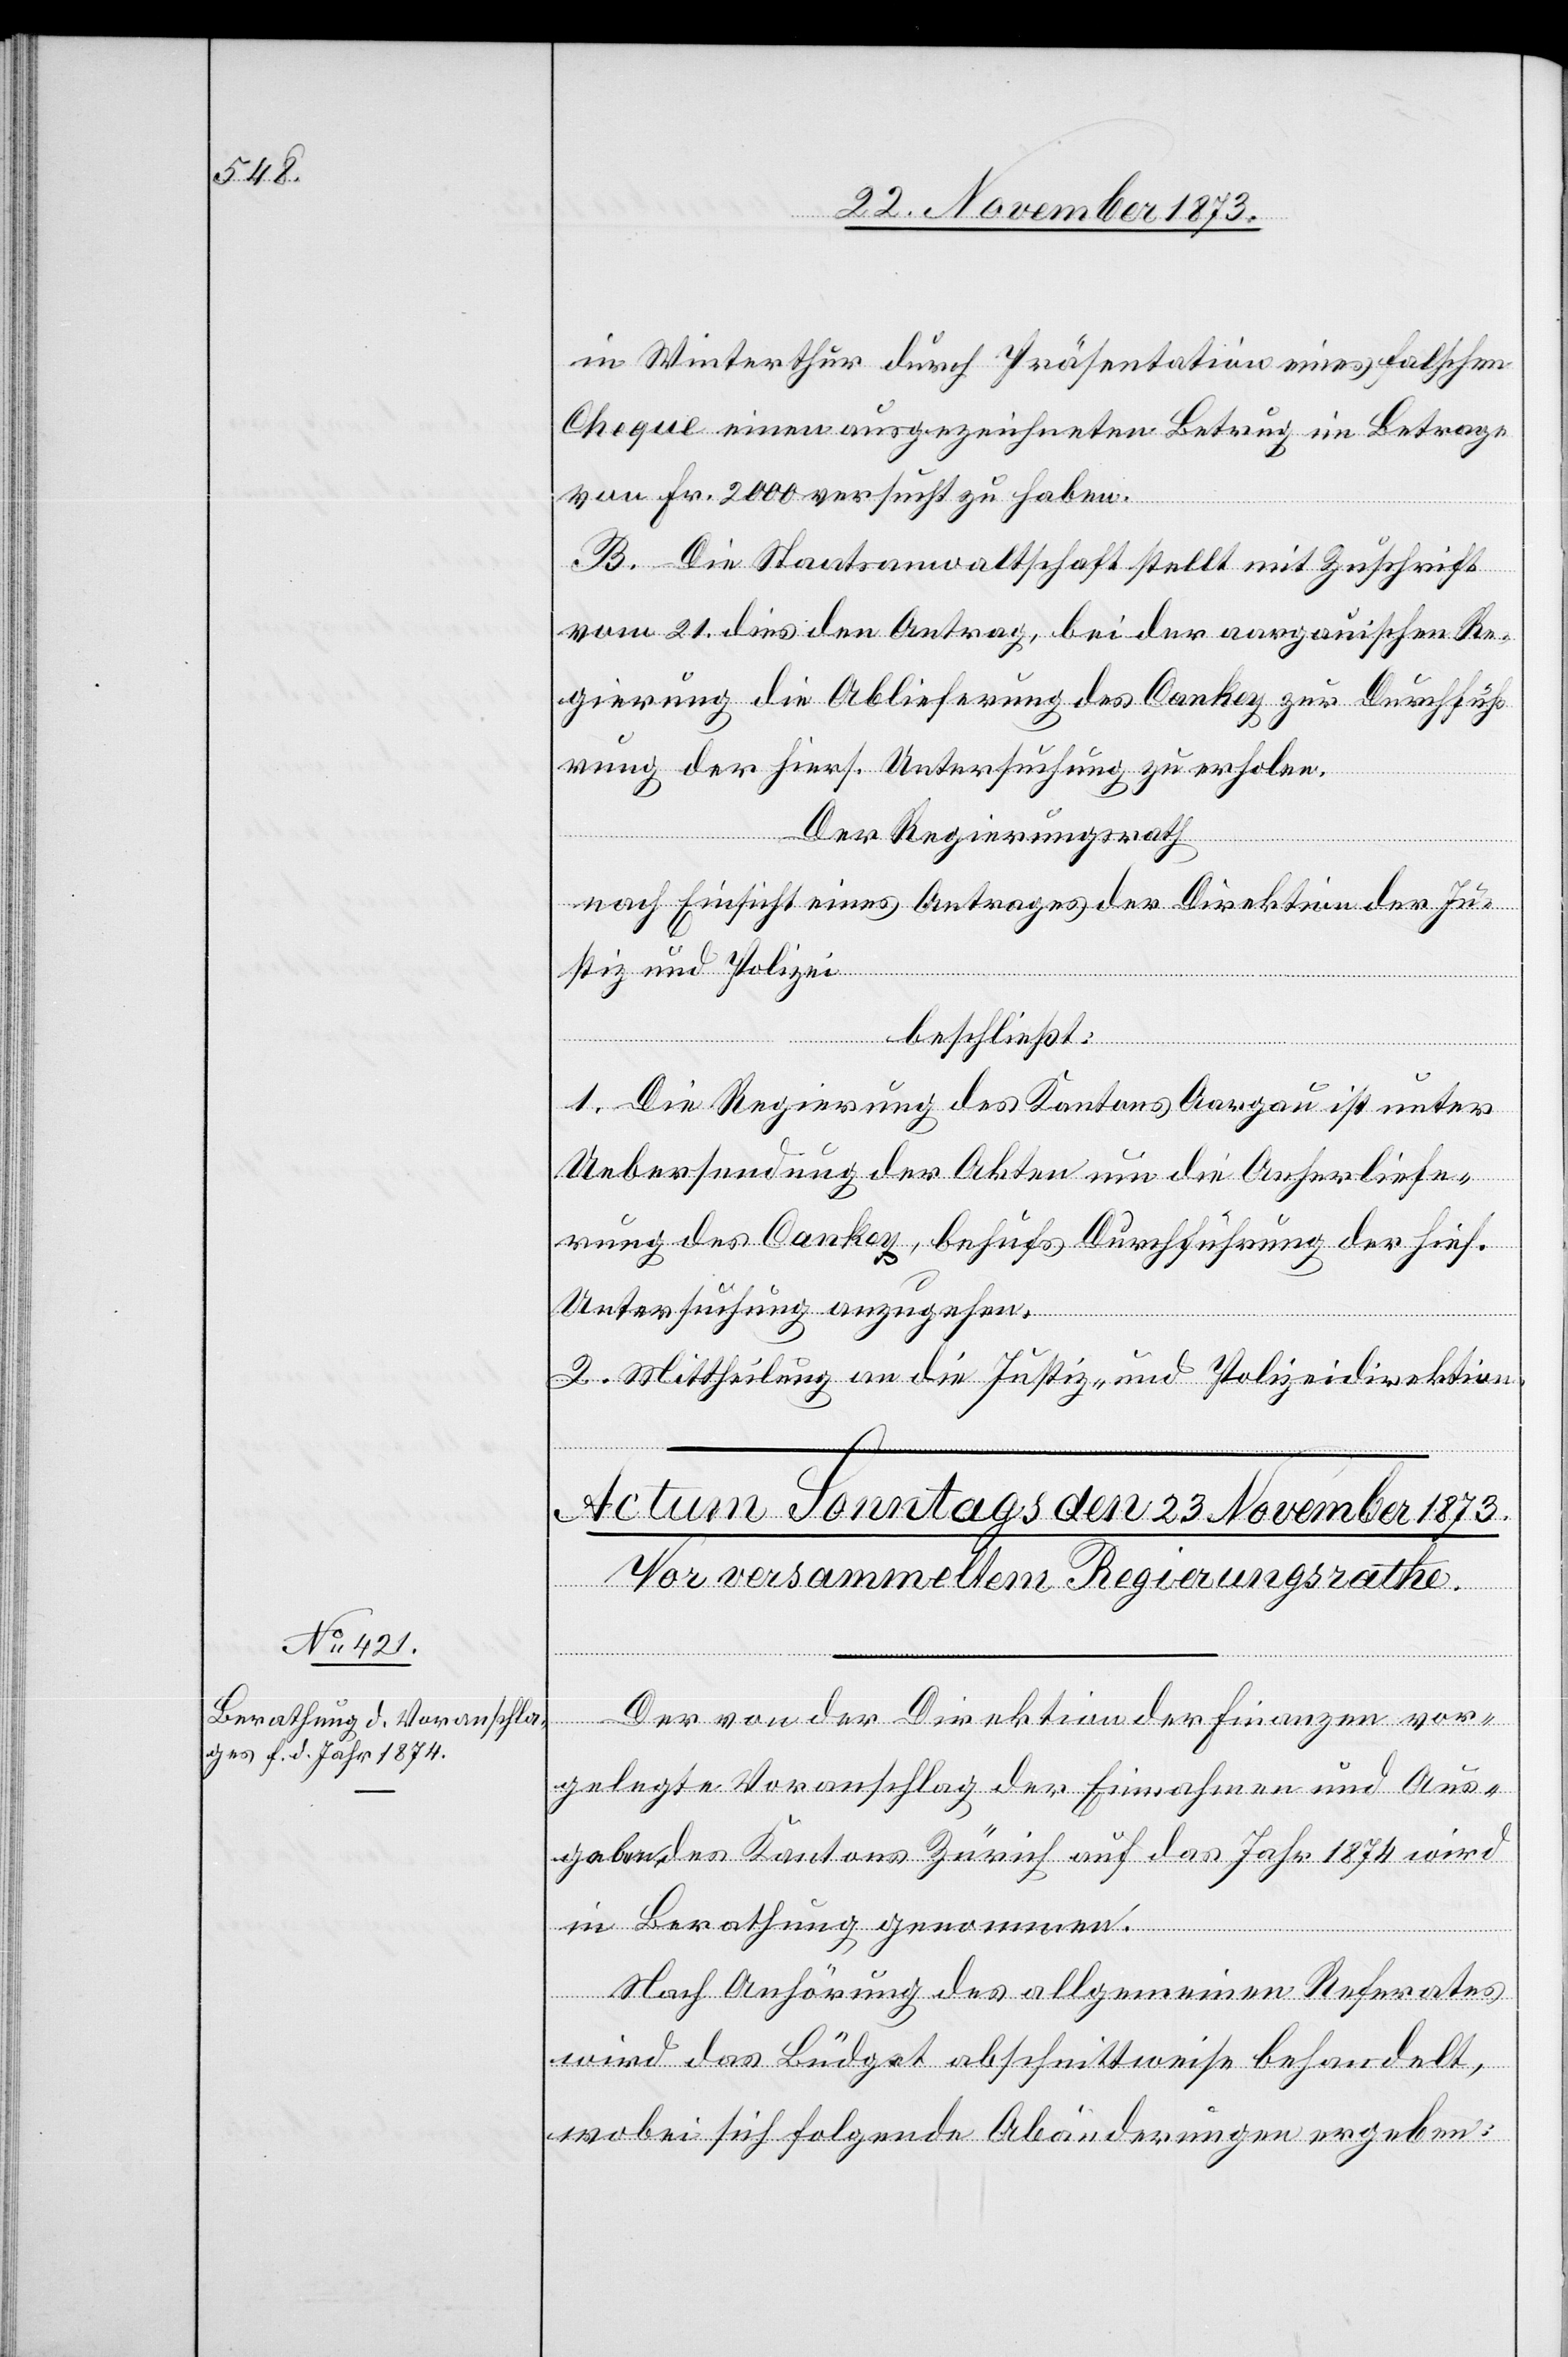
in Winterthur durch Präsentation eines falschen
Cheque einen ausgezeichneten Betrug im Betrage
von Fr. 2 000 versucht zu haben.
B. Die Staatsanwaltschaft stellt mit Zuschrift
vom 21. dies den Antrag, bei der aargauischen Re¬
gierung die Ablieferung des Cankey zur Durchfüh¬
rung der hiers. Untersuchung zu erholen.
Der Regierungsrath
nach Einsicht eines Antrages der Direktion der Ju¬
stiz und Polizei,
beschließt:
1. Die Regierung des Kantons Aargau ist unter
Uebersendung der Akten um die Anherliefe¬
rung des Cankey, behufs Durchführung der hies.
Untersuchung anzugehen.
2. Mittheilung an die Justiz- und Polizeidirektion.
Der von der Direktion der Finanzen vor¬
gelegte Voranschlag der Einnahmen und Aus¬
gaben des Kantons Zürich auf das Jahr 1874 wird
in Berathung genommen.
Nach Anhörung des allgemeinen Referates
wird das Büdget abschnittweise behandelt,
wobei sich folgende Abänderungen ergeben: